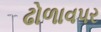
ઢોળાવપર